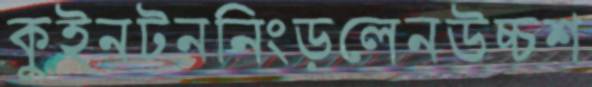
কুইনটননিংড়লেনউচ্চশ